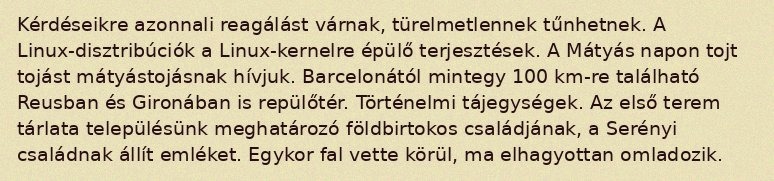
Kérdéseikre azonnali reagálást várnak, türelmetlennek tűnhetnek. A Linux-disztribúciók a Linux-kernelre épülő terjesztések. A Mátyás napon tojt tojást mátyástojásnak hívjuk. Barcelonától mintegy 100 km-re található Reusban és Gironában is repülőtér. Történelmi tájegységek. Az első terem tárlata településünk meghatározó földbirtokos családjának, a Serényi családnak állít emléket. Egykor fal vette körül, ma elhagyottan omladozik.